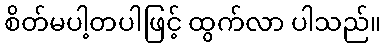
စိတ်မပါ့တပါဖြင့် ထွက်လာ ပါသည်။